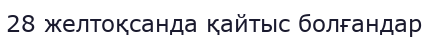
28 желтоқсанда қайтыс болғандар